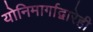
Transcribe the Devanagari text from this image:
योनिमार्गाद्वारेही